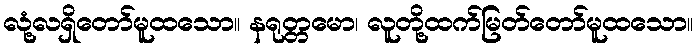
လုံ့လရှိတော်မူထသော။ နရုတ္တမော၊ လူတို့ထက်မြတ်တော်မူထသော။